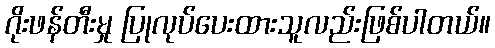
ဂိုးဖန်တီးမှု ပြုလုပ်ပေးထားသူလည်းဖြစ်ပါတယ်။